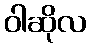
ဝါဆိုလ